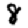
Digit: 8